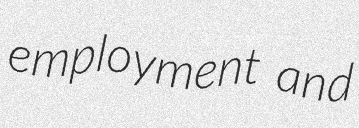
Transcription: employment and